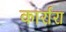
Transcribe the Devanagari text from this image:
कार्रारा